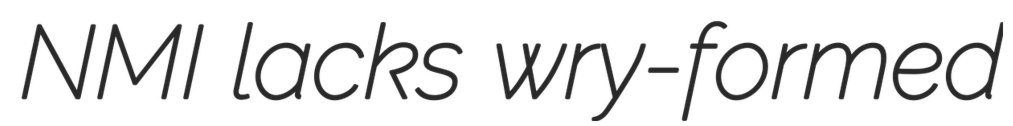
NMI lacks wry-formed